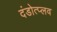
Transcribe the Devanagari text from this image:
दंडोत्प्लव